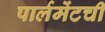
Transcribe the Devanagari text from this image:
पार्लमेंटची